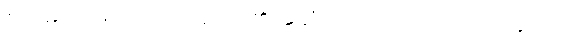
ဧတိမာသမိသုတ်ဖြင့် ဧတာ၏အဆုံး -ါ ကို -ိ ပြု, တ်ကို -ိ သို့ကပ်